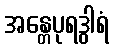
အန္တေပုရဒွါရံ